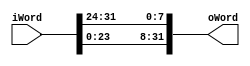
module rot_word(
input  [0:31] iWord,
output [0:31] oWord
);

assign oWord[0:7]   = iWord[8:15];
assign oWord[8:15]  = iWord[16:23];
assign oWord[16:23] = iWord[24:31];
assign oWord[24:31] = iWord[0:7];

endmodule